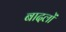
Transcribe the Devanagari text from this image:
बादलाें